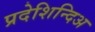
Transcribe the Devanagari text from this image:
प्रदेशिन्दिअ